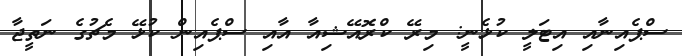
ސްޕެއިނާއި އިޓަލީ ކުޅެނީ: މިރޭ ކްރޮއޭޝިއާ އާއި ސްޕެއިން ކުޅޭ މެޗުގެ ނަތީޖާ